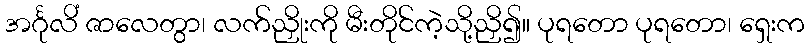
အင်္ဂုလိံ ဇာလေတွာ၊ လက်ညှိုးကို မီးတိုင်ကဲ့သို့ညှိ၍။ ပုရတော ပုရတော၊ ရှေးက